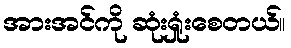
အားအင်ကို ဆုံးရှုံးစေတယ်။